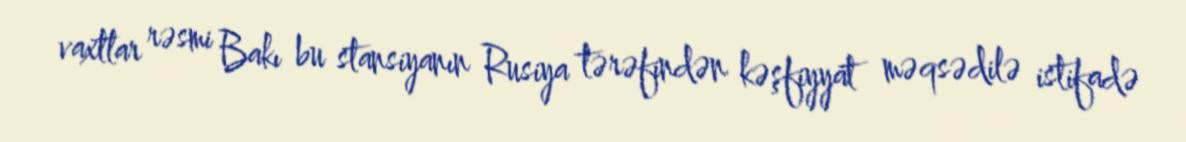
vaxtlar rəsmi Bakı bu stansiyanın Rusiya tərəfindən kəşfiyyat məqsədilə istifadə